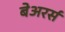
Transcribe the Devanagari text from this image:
बेअरर्स